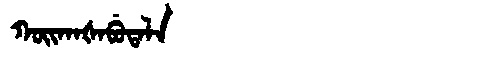
Manchu: ᡴᠣᡳᡴᠠᡧᠠᠪᡠᡨᠠᠯᠠ
Romanization: KOIKAŠABUTALA